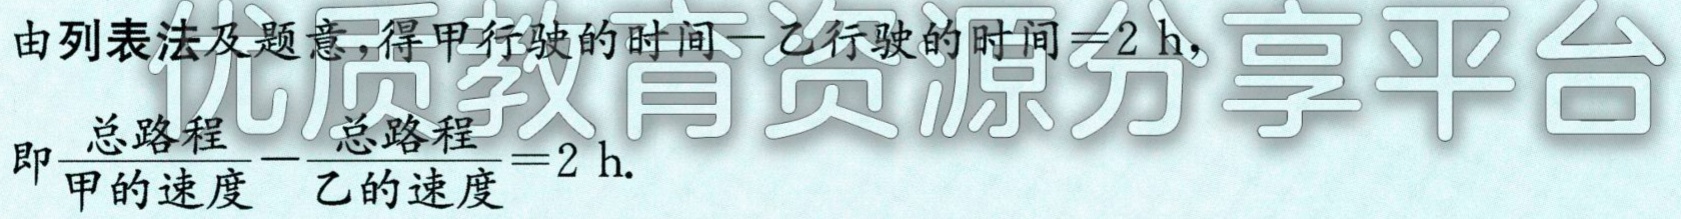
由列表法及题意，得甲行驶的时间$-$乙行驶的时间$ = 2\mathrm{h}$，

即$\dfrac{总路程}{甲的速度}-\dfrac{总路程}{乙的速度}=2\mathrm{h}$.